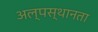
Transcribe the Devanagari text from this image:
अल्पस्थानता